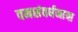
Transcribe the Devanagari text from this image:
वनसंवर्धनाचा